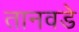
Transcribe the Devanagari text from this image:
तानवडे